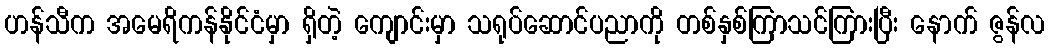
ဟန်သီက အမေရိကန်နိုင်ငံမှာ ရှိတဲ့ ကျောင်းမှာ သရုပ်ဆောင်ပညာကို တစ်နှစ်ကြာသင်ကြားပြီး နောက် ဇွန်လ